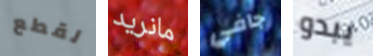
لقطع مانريد جافي يبدو